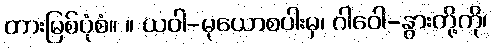
တားမြစ်ပုံစံ။ ။ ယဝါ-မုယောစပါးမှ၊ ဂါဝေါ-နွားတို့ကို၊